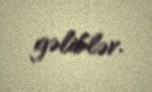
gəliblər.